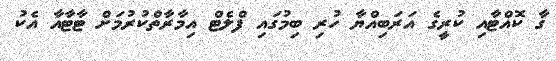
ގާ ކޮއްޓާއި ކުރީގެ އަރަބިއްޔާ ހުރި ބިމުގައި ފްލެޓް އިމާރާތްކުރުމަށް ޓާޓާއާ އެކު